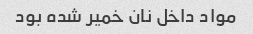
مواد داخل نان خمیر شده بود